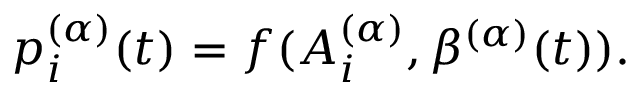
p _ { i } ^ { ( \alpha ) } ( t ) = f ( A _ { i } ^ { ( \alpha ) } , \beta ^ { ( \alpha ) } ( t ) ) .